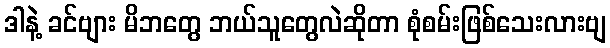
ဒါနဲ့ ခင်ဗျား မိဘတွေ ဘယ်သူတွေလဲဆိုတာ စုံစမ်းဖြစ်သေးလားဗျ